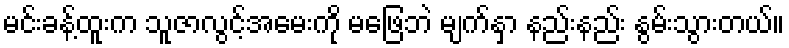
မင်းခန့်ထူးက သူဇာလွင့်အမေးကို မဖြေဘဲ မျက်နှာ နည်းနည်း နွမ်းသွားတယ်။